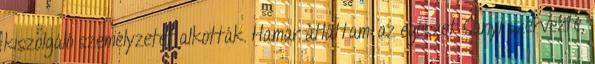
kiszolgáló személy­zetet alkot­ták. Hamar átláttam: az egészet Sanyi szervezte,